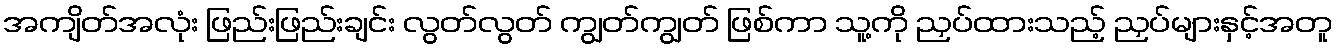
အကျိတ်အလုံး ဖြည်းဖြည်းချင်း လွတ်လွတ် ကျွတ်ကျွတ် ဖြစ်ကာ သူ့ကို ညှပ်ထားသည့် ညှပ်များနှင့်အတူ